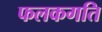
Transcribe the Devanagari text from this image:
फलकगति